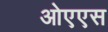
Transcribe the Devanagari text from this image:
ओएएस